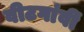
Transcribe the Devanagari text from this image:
वीटगांवीं